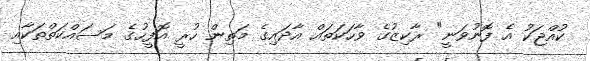
ކުއްޖަކު އެ ފޮނުވަނީ" ރާކިޒުގެ ވާހަކަތައް އާދައިގެ މަތިން ހުރީ އޮފީހުގެ މަސައްކަތްތަކާއި